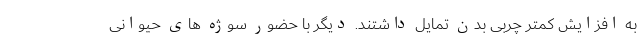
به افزایش کمتر چربی بدن تمایل داشتند. دیگر با حضور سوژه های حیوانی